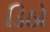
ડિઠો